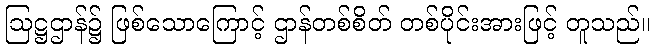
ဩဋ္ဌဌာန်၌ ဖြစ်သောကြောင့် ဌာန်တစ်စိတ် တစ်ပိုင်းအားဖြင့် တူသည်။